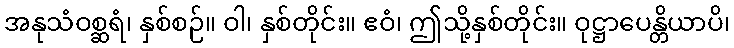
အနုသံဝစ္ဆရံ၊ နှစ်စဉ်။ ဝါ၊ နှစ်တိုင်း။ ဧဝံ၊ ဤသို့နှစ်တိုင်း။ ဝုဋ္ဌာပေန္တိယာပိ၊